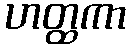
ဟတ္ထကာ